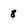
Character: 8